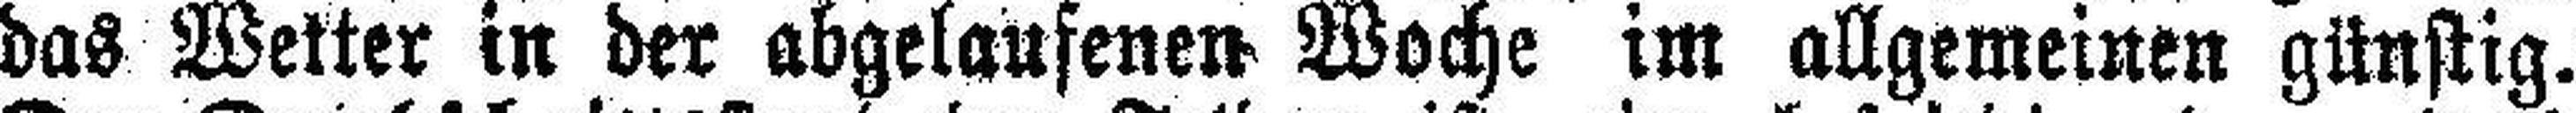
das Wetter in der abgelaufenen Woche im allgemeinen günstig.